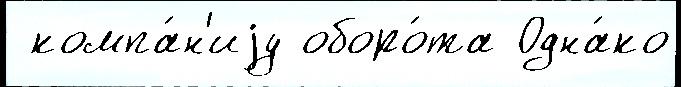
 компа́н'иjу оборо́та Одна́ко